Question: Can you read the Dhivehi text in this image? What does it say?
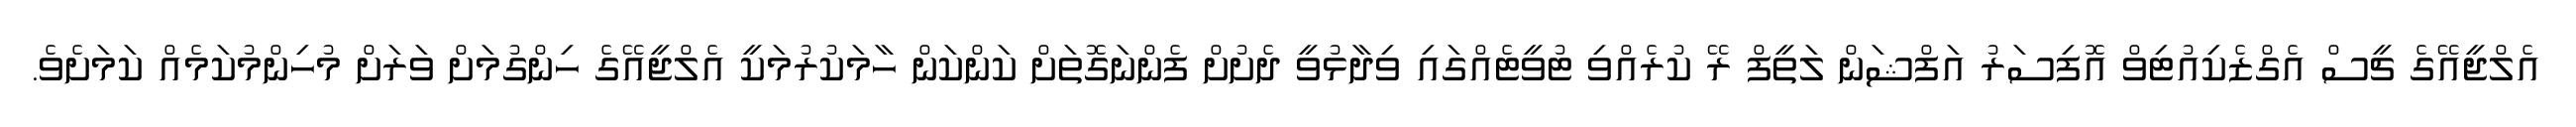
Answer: އެލްޖީއޭގެ ޗީސް އެގްޒެކިއުޓިވް އޮފިސަރު އަފްޝަން ލަތީފް ރޭ ކުރެއްވި ޓުވީޓެއްގައި ވިދާޅުވީ ދެށުށް ފެންނަގޮތަށް ކަންކަން ހާމަކުރުމަކީ އެލްޖީއޭގެ ހިންގުމަށް ވަރަށް މުހިންމުކަމެއް ކަމަށެވެ.